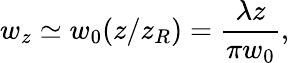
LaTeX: w_{z}\simeq w_{0}(z/z_{R})=\frac{\lambda z}{\pi w_{0}},